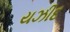
યઝીદ